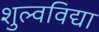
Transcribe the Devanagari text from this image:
शुल्वविद्या